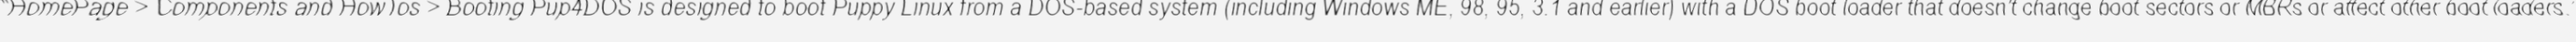
"HomePage > Components and HowTos > Booting Pup4DOS is designed to boot Puppy Linux from a DOS-based system (including Windows ME, 98, 95, 3.1 and earlier) with a DOS boot loader that doesn't change boot sectors or MBRs or affect other boot loaders."